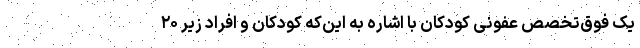
یک فوق‌تخصص عفونی کودکان با اشاره به این‌که کودکان و افراد زیر ۲۰